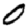
Digit: 0